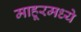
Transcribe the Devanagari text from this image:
माहूरमध्ये